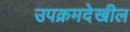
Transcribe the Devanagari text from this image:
उपक्रमदेखील